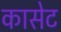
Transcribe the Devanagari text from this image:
कासेट